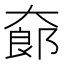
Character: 𱘸